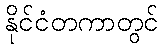
နိုင်ငံတကာတွင်